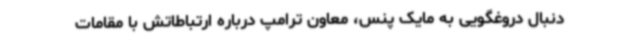
دنبال دروغگویی به مایک پنس، معاون ترامپ درباره ارتباطاتش با مقامات